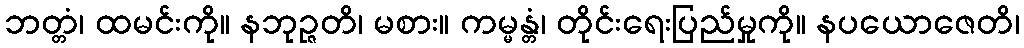
ဘတ္တံ၊ ထမင်းကို။ နဘုဉ္ဇတိ၊ မစား။ ကမ္မန္တံ၊ တိုင်းရေးပြည်မှုကို။ နပယောဇေတိ၊